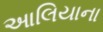
આલિયાના